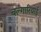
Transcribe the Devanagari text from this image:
बल्गारियाई